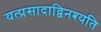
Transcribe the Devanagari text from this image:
यत्प्रसादाद्विनश्यति